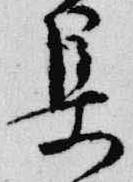
集